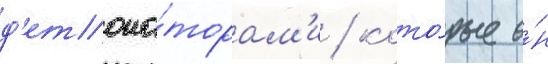
д'етона́торам'и / кото́рые о́н